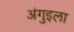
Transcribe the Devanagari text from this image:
अंगुइला